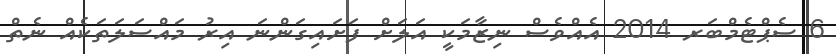
6 ސެޕްޓެމްބަރ 2014 އެއްވެސް ނިޒާމަކީ އަލަށް ފަށައިގަންނަ އިރު މައްސަލަތަކެއް ނެތް